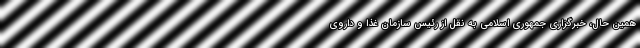
همین حال، خبرگزاری جمهوری اسلامی به نقل از رئیس سازمان غذا و داروی